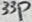
Text: 33p